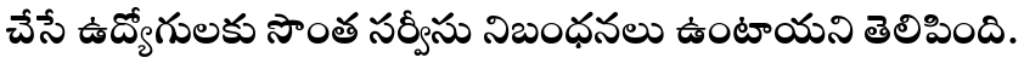
చేసే ఉద్యోగులకు సొంత సర్వీసు నిబంధనలు ఉంటాయని తెలిపింది.